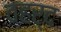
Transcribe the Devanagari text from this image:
व्हर्द